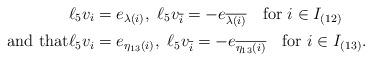
LaTeX: \begin{align*}\ell_5 v_i & =e_{\lambda(i)},\ \ell_5 v_{\overline{i}} =-e_{\overline{\lambda(i)}}\quad\mbox{for }i\in I_{(12)} \\\mbox{and that}\ell_5 v_i & =e_{\eta_{13}(i)},\ \ell_5 v_{\overline{i}} =-e_{\overline{\eta_{13}(i)}}\quad\mbox{for }i\in I_{(13)}.\end{align*}